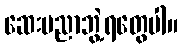
ဆေးပညာဘွဲ့ရတွေပါ။